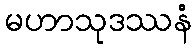
မဟာသုဒဿနံ